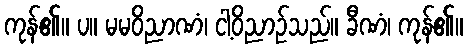
ကုန်၏။ ပ။ မမဝိညာဏံ၊ ငါ့ဝိညာဉ်သည်။ ခီဏံ၊ ကုန်၏။